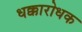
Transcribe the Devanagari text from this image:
धक्कारोधक